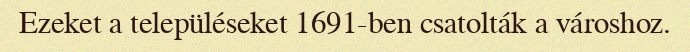
Ezeket a településeket 1691-ben csatolták a városhoz.